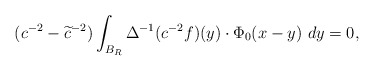
\begin{align*}(c^{-2}-\widetilde{c}^{-2})\int_{B_R}\Delta^{-1}(c^{-2}f)(y)\cdot \Phi_0(x-y)\ dy=0,\end{align*}